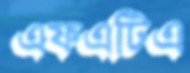
এফএটিএ